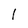
Character: l